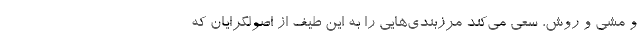
و مشی و روش، سعی می‌كند مرزبندی‌هایی را به این طیف از اصولگرایان كه